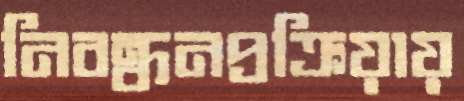
নিবন্ধনপ্রক্রিয়ায়